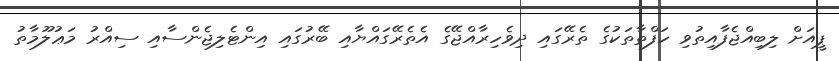
ޕީއަށް ލިބިއްޖެފާއިތުވި ހަފްތާތަކުގެ ތެރޭގައި ދިވެހިރާއްޖޭގެ އެތެރޭގައްޔާއި ބޭރުގައި އިންޓެލިޖެންސާއި ސިއްރު މަޢުލޫމާތު